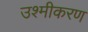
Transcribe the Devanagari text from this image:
उश्मीकरण